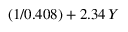
( 1 / 0 . 4 0 8 ) + 2 . 3 4 \, Y